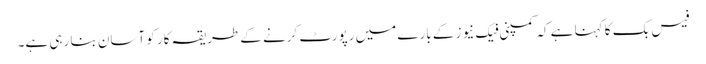
فیس بک کا کہنا ہے کہ کمپنی فیک نیوز کے بارے میں رپورٹ کرنے کے طریقہ کار کو آسان بنا رہی ہے۔